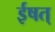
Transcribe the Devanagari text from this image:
ईषत्‌